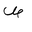
Letter: _sad